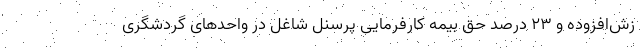
زش‌افزوده و ۲۳ درصد حق بیمه کارفرمایی پرسنل شاغل در واحدهای گردشگری